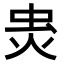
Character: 𧈾